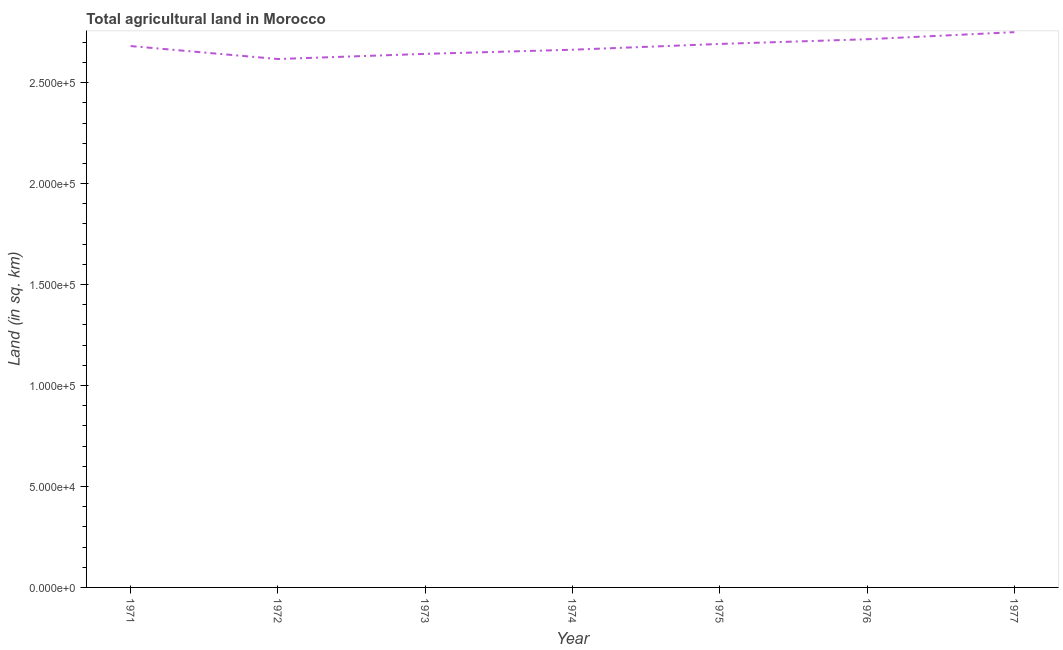
| Year | Agricultural land (sq. km) |
 | --- | --- |
 | 1971 | 2.68e+05 |
 | 1972 | 2.62e+05 |
 | 1973 | 2.64e+05 |
 | 1974 | 2.66e+05 |
 | 1975 | 2.69e+05 |
 | 1976 | 2.72e+05 |
 | 1977 | 2.75e+05 |